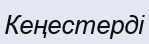
Кеңестерді